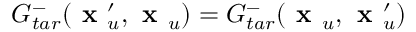
G _ { t a r } ^ { - } ( \textbf { x } _ { u } ^ { \prime } , \textbf { x } _ { u } ) = G _ { t a r } ^ { - } ( \textbf { x } _ { u } , \textbf { x } _ { u } ^ { \prime } )